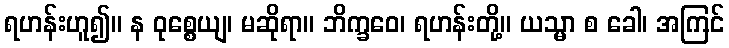
ရဟန်းဟူ၍။ န ဝုစ္စေယျ၊ မဆိုရာ။ ဘိက္ခဝေ၊ ရဟန်းတို့။ ယသ္မာ စ ခေါ၊ အကြင်